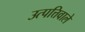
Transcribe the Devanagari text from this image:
उत्पत्तिवाले